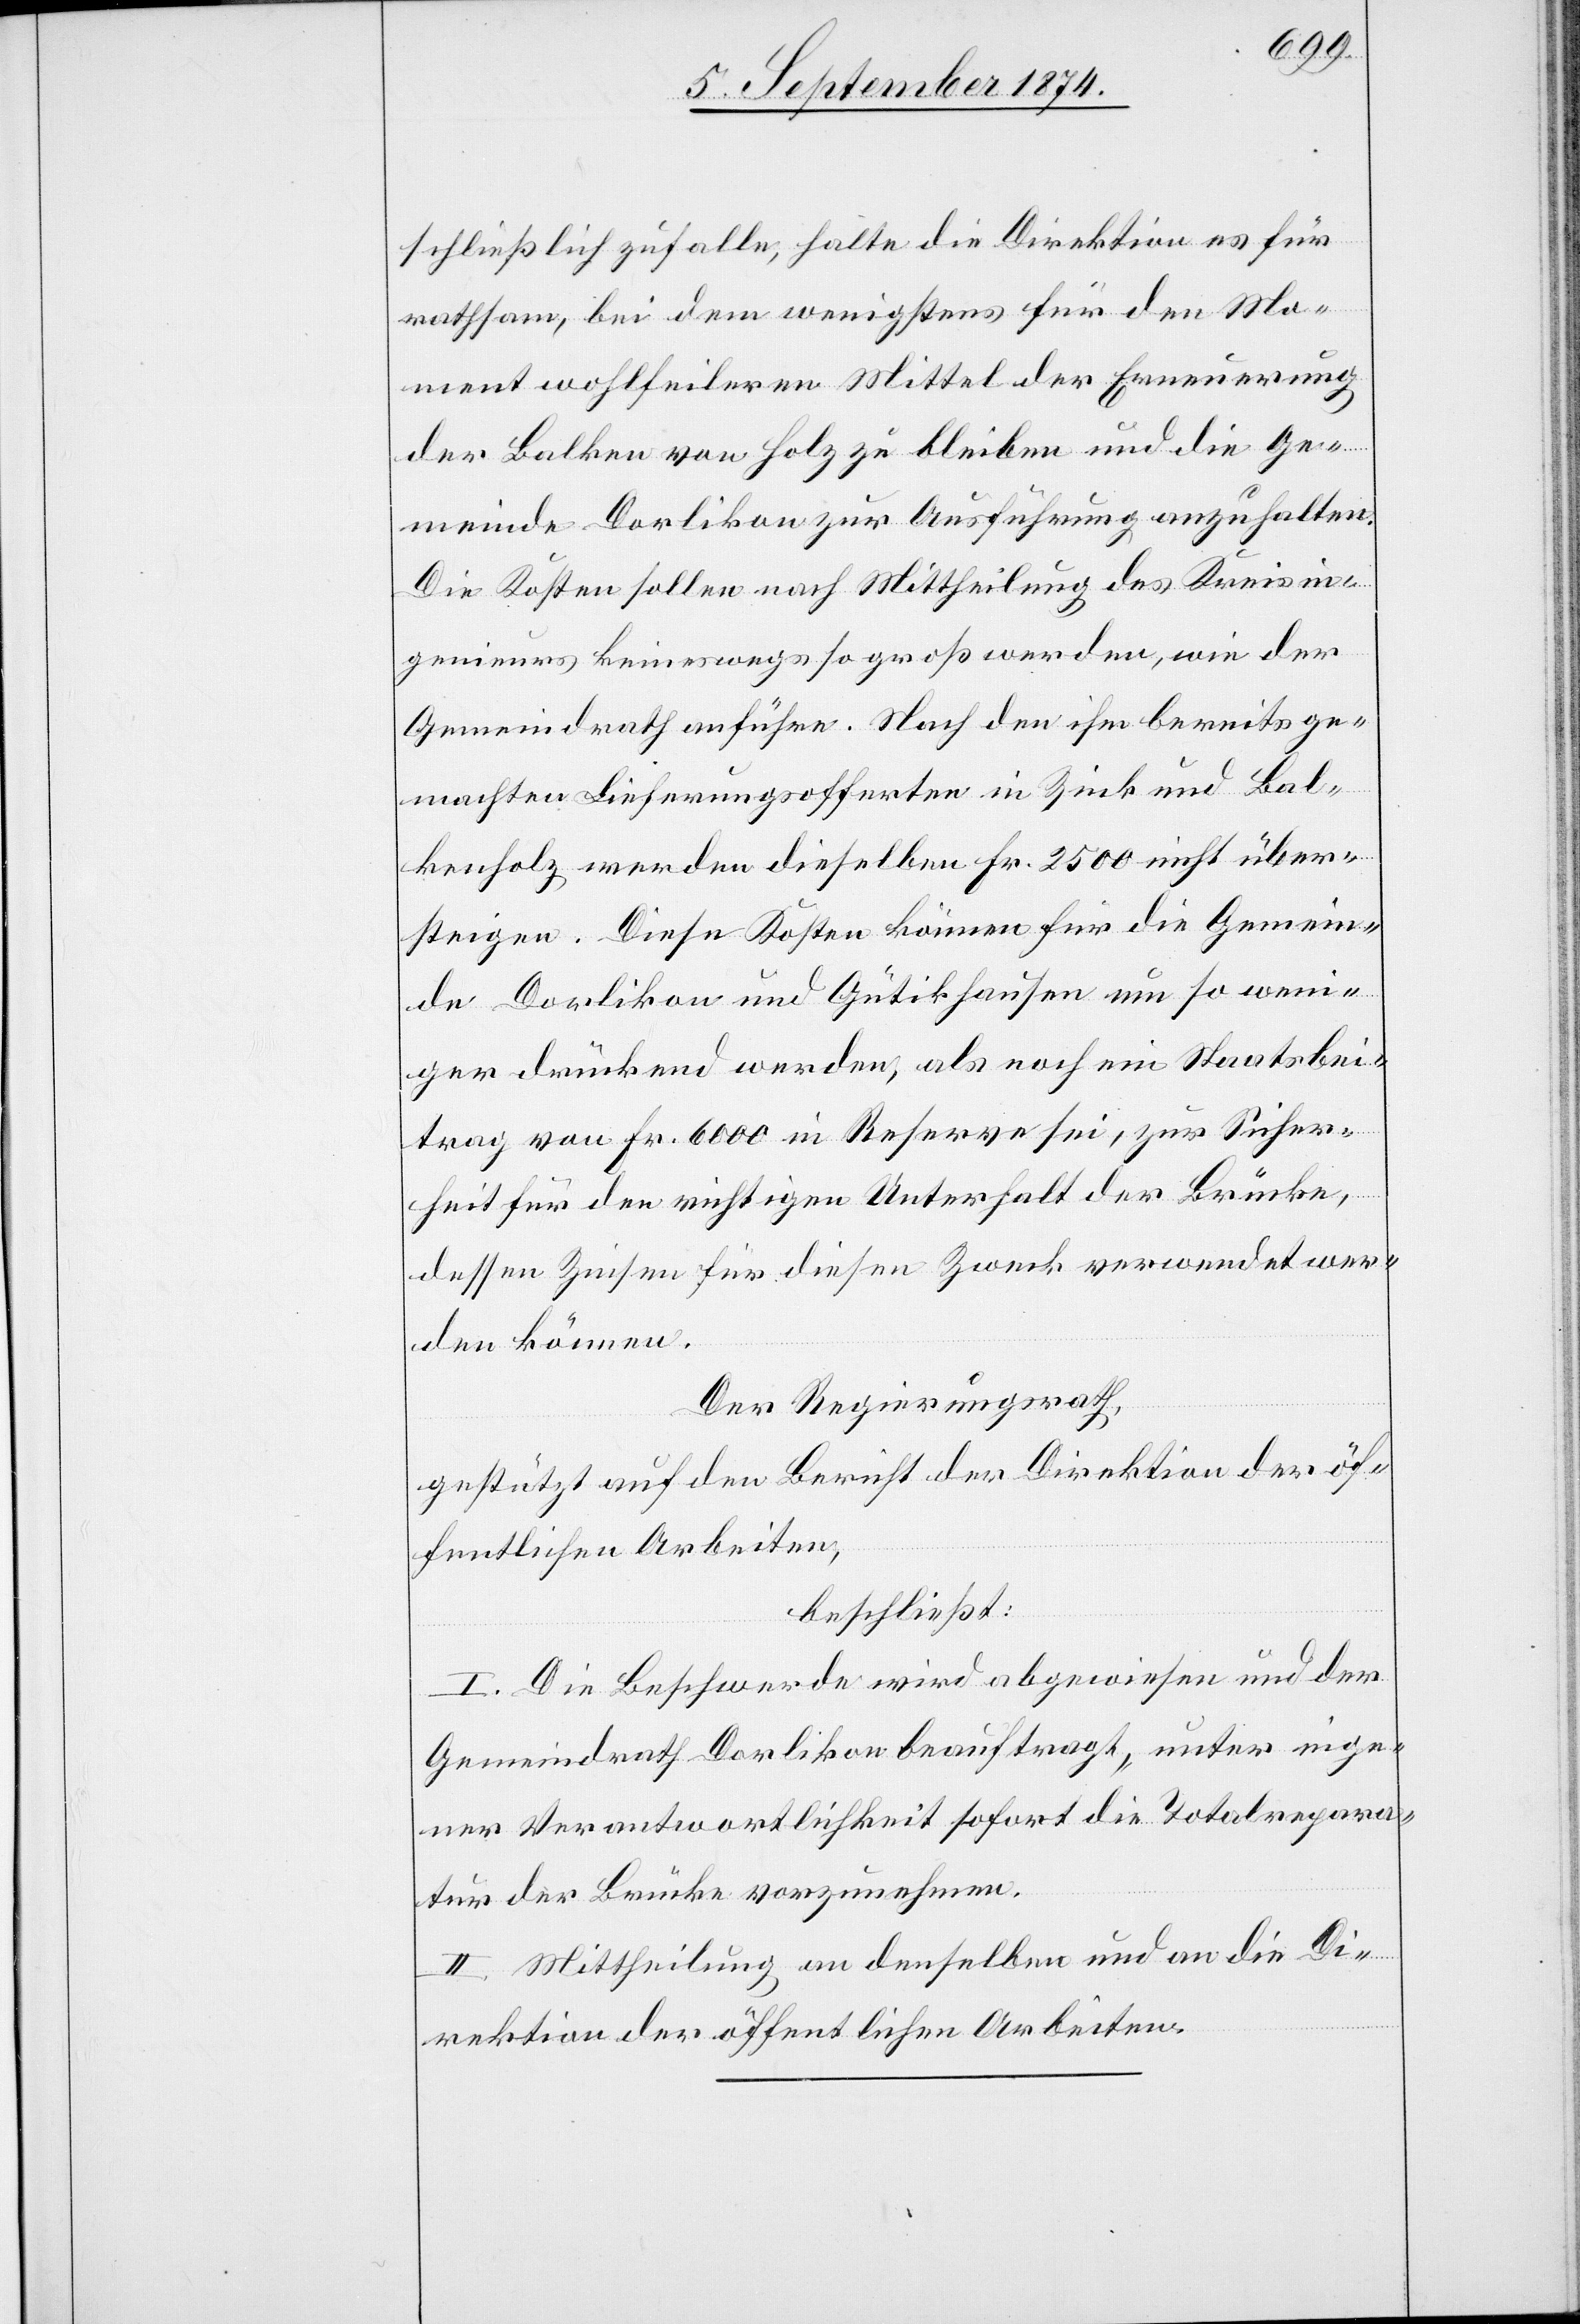
schließlich zufalle, halte die Direktion es für
rathsam, bei dem wenigstens für den Mo¬
ment wohlfeileren Mittel der Erneuerung
der Balken von Holz zu bleiben und die Ge¬
meinde Dorlikon zur Ausführung anzuhalten.
Die Kosten sollen nach Mittheilung des Kreisin¬
genieurs keineswegs so groß werden, wie der
Gemeindrath anführe. Nach den ihm bereits ge¬
machten Lieferungsofferten in Zink und Bal¬
kenholz werden dieselben Fr. 2500 nicht über¬
steigen. Diese Kosten können für die Gemein¬
de Dorlikon und Gütikhausen um so wen¬
iger drückend werden, als noch ein Staatsbei¬
trag von Fr. 6000 in Reserve sei, zur Sicher¬
heit für den richtigen Unterhalt der Brücke,
dessen Zinsen für diesen Zweck verwendet wer¬
den können.
Der Regierungsrath,
gestützt auf den Bericht der Direktion der öf¬
fentlichen Arbeiten,
beschließt:
I. Die Beschwerde wird abgewiesen und der
Gemeindrath Dorlikon beauftragt, unter eige¬
ner Verantwortlichkeit sofort die Totalrepara¬
tur der Brücke vorzunehmen.
II. Mittheilung an denselben und an die Di¬
rektion der öffentlichen Arbeiten.